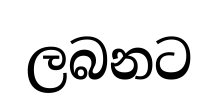
ලබනට